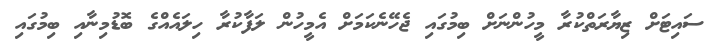
ސައިޓަށް ޒިޔާރަތްކުރާ މީހުންނަށް ބިމުގައި ޖެހޭނެކަމަށް އެމީހުން ލަފާކުރާ ހިލައެއްގެ ބޮޑުމިނާއި ބިމުގައި